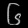
Digit: ၆